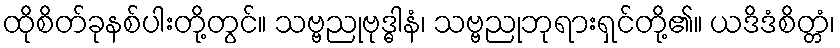
ထိုစိတ်ခုနစ်ပါးတို့တွင်။ သဗ္ဗညုဗုဒ္ဓါနံ၊ သဗ္ဗညုဘုရားရှင်တို့၏။ ယဒိဒံစိတ္တံ၊